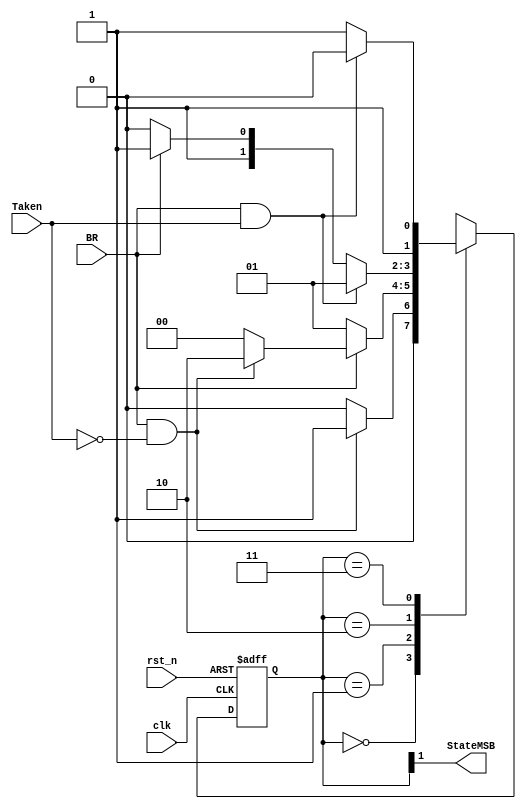
// Branch Predictor state machine
// Exercise 11
module branch_predictor(StateMSB, BR, Taken, clk, rst_n);

  input clk, rst_n;
  input BR, Taken;
  output StateMSB;

  reg [1:0] state, nxt_state;
  assign StateMSB = state[1];
  
  parameter Taken1    = 2'b00;
  parameter Taken2    = 2'b01;
  parameter NotTaken1 = 2'b10;
  parameter NotTaken2 = 2'b11;

  // State assignment logic
  always @(posedge clk, negedge rst_n) begin
    if(~rst_n)
      state <= Taken1;
    else
      state <= nxt_state;
    $display("State is: %b", state);
  end

  always @(state, BR, Taken) begin
    nxt_state = Taken1;
    case(state)
      Taken1 :   if(BR &  ~Taken)
                   nxt_state = Taken2;
      Taken2 :   if(~BR)
	           nxt_state = Taken2;
	         else if(BR & ~Taken)
		   nxt_state = NotTaken1;
      NotTaken1: if(BR & Taken)
	           nxt_state = Taken2;
	         else if(~BR)
		   nxt_state = NotTaken1;
	         else
		   nxt_state = NotTaken2;
      NotTaken2: if(BR & Taken)
	           nxt_state = NotTaken1;
	         else
		   nxt_state = NotTaken2;
      default:   nxt_state = Taken1;
    endcase
  end

endmodule